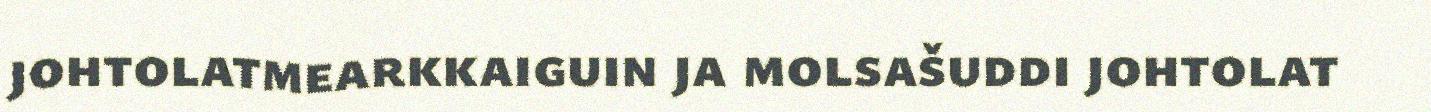
johtolatmearkkaiguin ja molsašuddi johtolat